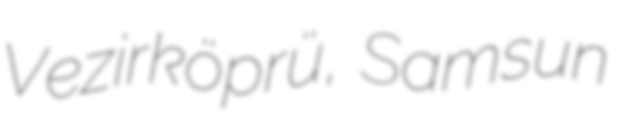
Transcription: Vezirköprü, Samsun